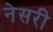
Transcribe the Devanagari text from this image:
नेसरी